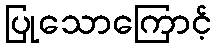
ပြုသောကြောင့်